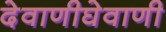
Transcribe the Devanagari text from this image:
देवाणीघेवाणी